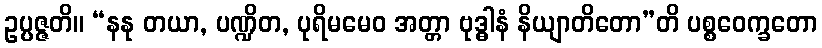
ဥပ္ပဇ္ဇတိ။ “နနု တယာ, ပဏ္ဍိတ, ပုရိမမေဝ အတ္တာ ဗုဒ္ဓါနံ နိယျာတိတော”တိ ပစ္စဝေက္ခတော